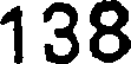
138